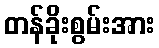
တန်ခိုးစွမ်းအား